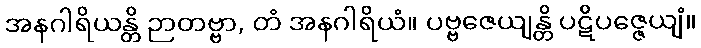
အနဂါရိယန္တိ ဉာတဗ္ဗာ, တံ အနဂါရိယံ။ ပဗ္ဗဇေယျန္တိ ပဋိပဇ္ဇေယျံ။